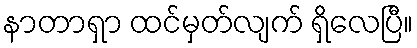
နာတာရှာ ထင်မှတ်လျက် ရှိလေပြီ။